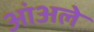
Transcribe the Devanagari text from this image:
आंअले